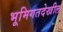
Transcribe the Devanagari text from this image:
भूमिगतदेखील